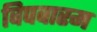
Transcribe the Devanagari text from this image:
विपवारम